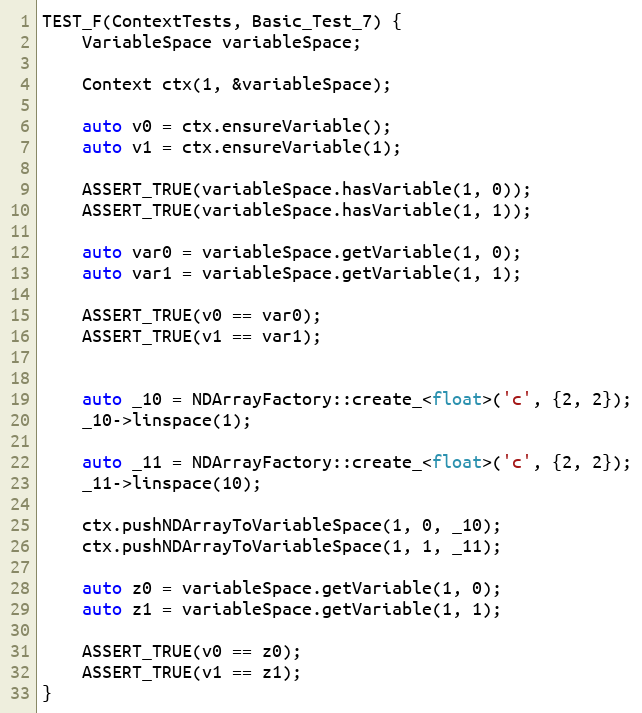
Language: C++
TEST_F(ContextTests, Basic_Test_7) {
    VariableSpace variableSpace;

    Context ctx(1, &variableSpace);

    auto v0 = ctx.ensureVariable();
    auto v1 = ctx.ensureVariable(1);

    ASSERT_TRUE(variableSpace.hasVariable(1, 0));
    ASSERT_TRUE(variableSpace.hasVariable(1, 1));

    auto var0 = variableSpace.getVariable(1, 0);
    auto var1 = variableSpace.getVariable(1, 1);

    ASSERT_TRUE(v0 == var0);
    ASSERT_TRUE(v1 == var1);

    auto _10 = NDArrayFactory::create_<float>('c', {2, 2});
    _10->linspace(1);

    auto _11 = NDArrayFactory::create_<float>('c', {2, 2});
    _11->linspace(10);

    ctx.pushNDArrayToVariableSpace(1, 0, _10);
    ctx.pushNDArrayToVariableSpace(1, 1, _11);

    auto z0 = variableSpace.getVariable(1, 0);
    auto z1 = variableSpace.getVariable(1, 1);

    ASSERT_TRUE(v0 == z0);
    ASSERT_TRUE(v1 == z1);
}